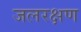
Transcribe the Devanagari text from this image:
जलरक्षण